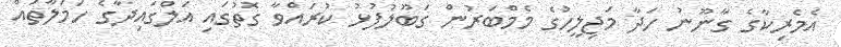
އެމެރިކާގެ ގާނޫނު ހަދާ މަޖިލީހުގެ މެމްބަރުން ގަބޫލުފުޅު ކުރައްވާ ގޮތުގައި އަލްގައިދާގެ ހަމަލާތައް